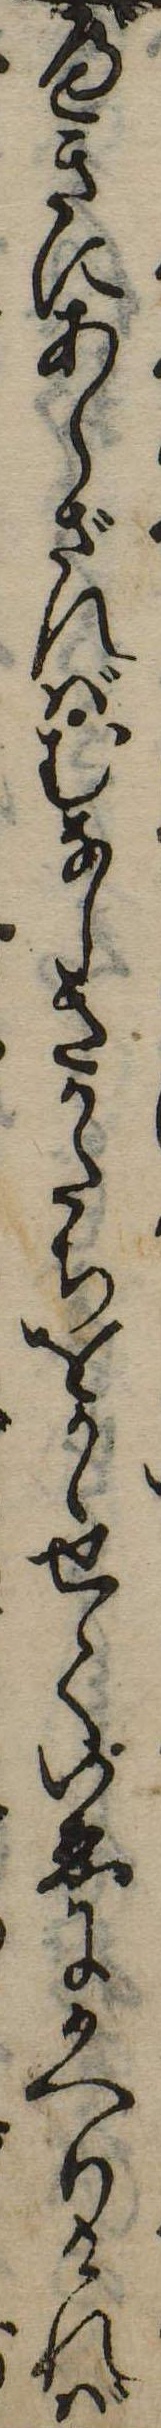
べきにあらざればむなしきかたちをかゝせていゑにかへりければ